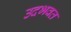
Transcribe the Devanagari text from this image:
उदभवत